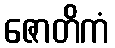
ဇောတိကံ